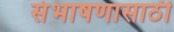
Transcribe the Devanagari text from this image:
संभाषणासाठी